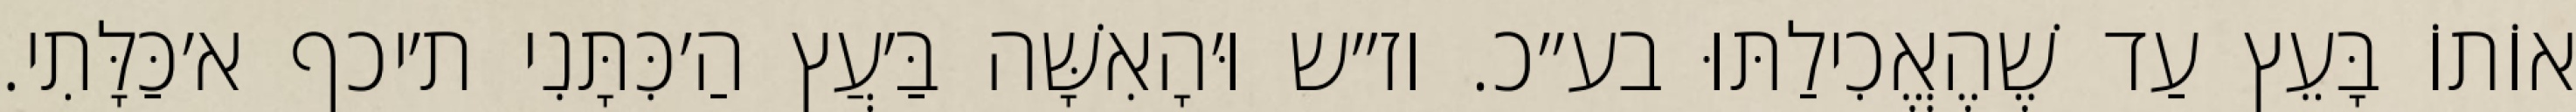
אוֹתוֹ בָּעֵץ עַד שֶׁהֶאֱכִילַתּוּ בע״כ. וז״ש וּ׳הָאִשָּׁה בַּ׳עֲץ הַ׳כִּתָּנִי ת׳יכף א׳כַּלָּתִי.